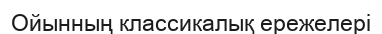
Ойынның классикалық ережелері